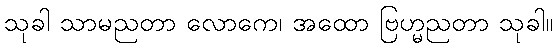
သုခါ သာမညတာ လောကေ၊ အထော ဗြဟ္မညတာ သုခါ။